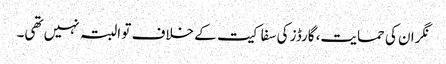
نگران کی حمایت، گارڈز کی سفاکیت کے خلاف تو البتہ نہیں تھی۔